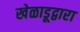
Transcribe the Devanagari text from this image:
खेळाडूद्वारा